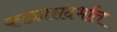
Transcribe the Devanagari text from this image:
काळासंदर्भात